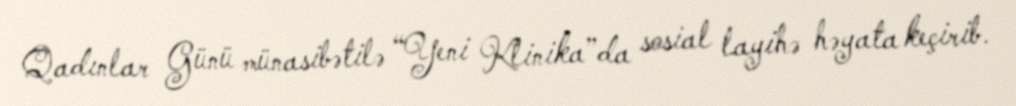
Qadınlar Günü münasibətilə “Yeni Klinika”da sosial layihə həyata keçirib.